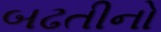
બઢતીનો